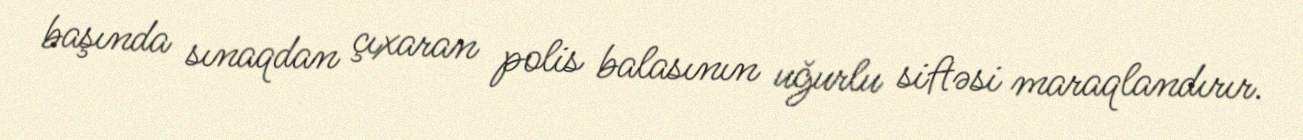
başında sınaqdan çıxaran polis balasının uğurlu siftəsi maraqlandırır.